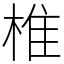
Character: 椎